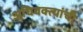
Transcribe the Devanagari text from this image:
अधिवक्त्यांची